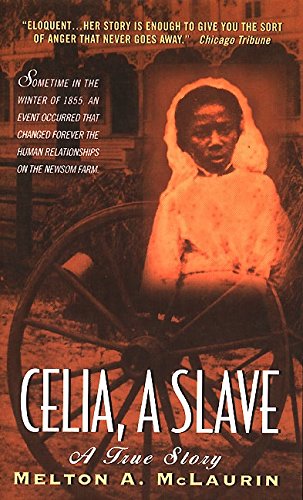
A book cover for Celia, A Slave; Melton A. Mclaurin; Law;